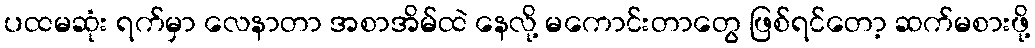
ပထမဆုံး ရက်မှာ လေနာတာ အစာအိမ်ထဲ နေလို့ မကောင်းတာတွေ ဖြစ်ရင်တော့ ဆက်မစားဖို့